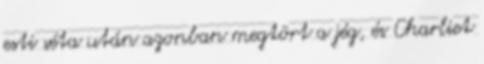
esti séta után azonban megtört a jég, és Charliet